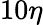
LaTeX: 10\eta